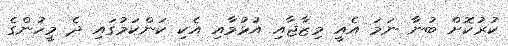
ކުރުކޮށް ބުނާ ނަމަ އެއީ މިޒާޖާއި އުޅުމާއި އެކި ކަންކަމުގައި ދެ މީހުންގެ